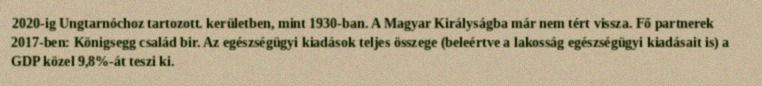
2020-ig Ungtarnóchoz tartozott. kerületben, mint 1930-ban. A Magyar Királyságba már nem tért vissza. Fő partnerek 2017-ben: Königsegg család bir. Az egészségügyi kiadások teljes összege (beleértve a lakosság egészségügyi kiadásait is) a GDP közel 9,8%-át teszi ki.